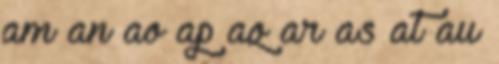
am an ao ap aq ar as at au